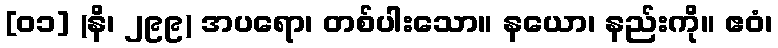
[၀၁] (နိ၊ ၂၉၉) အပရော၊ တစ်ပါးသော။ နယော၊ နည်းကို။ ဧဝံ၊